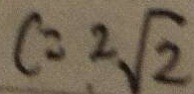
c = 2 \sqrt { 2 }